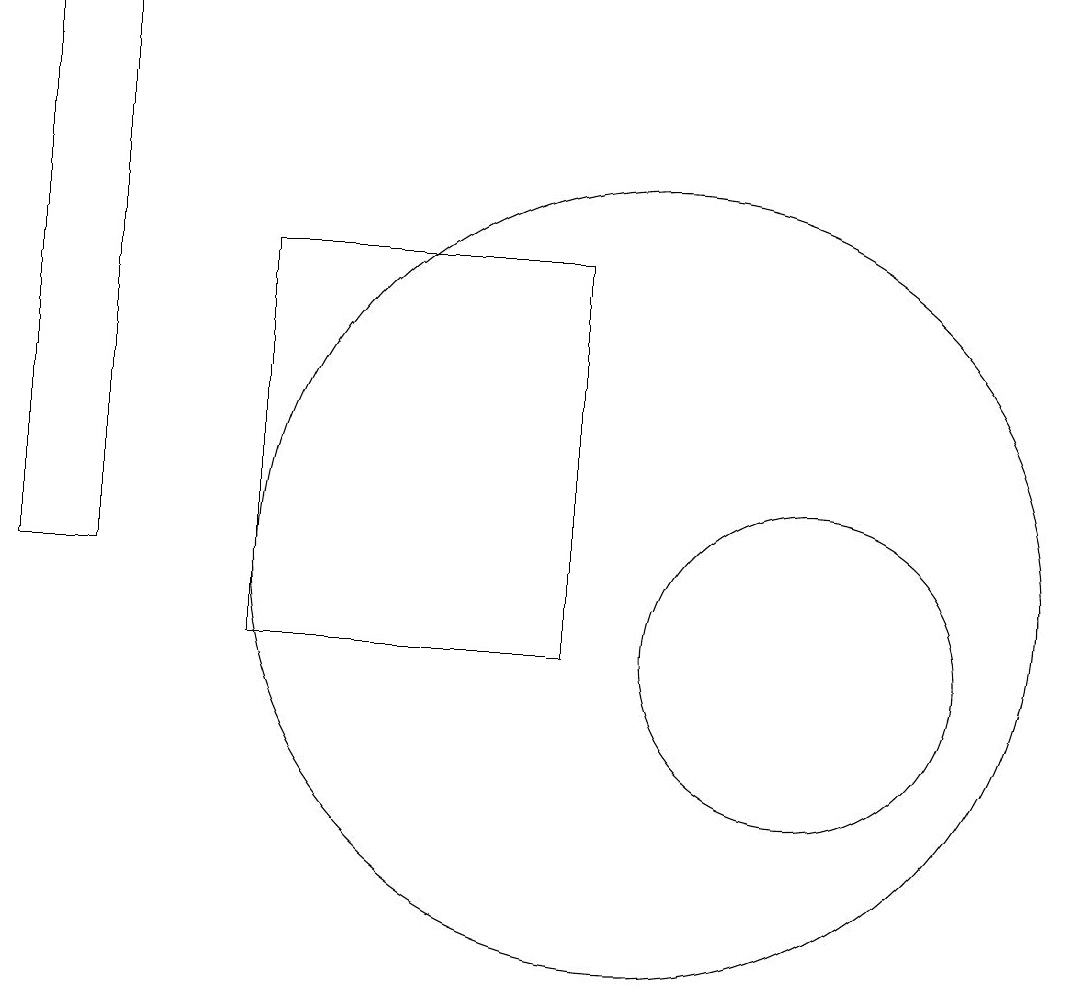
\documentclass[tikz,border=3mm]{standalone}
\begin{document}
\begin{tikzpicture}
\draw (10,11) circle (5);
\draw (12,10) circle (2);
\draw (9,10) rectangle (5,15);
\draw (2,11) rectangle (3,18);
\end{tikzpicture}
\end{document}